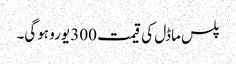
پلس ماڈل کی قیمت 300 یورو ہوگی۔